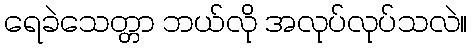
ရေခဲသေတ္တာ ဘယ်လို အလုပ်လုပ်သလဲ။